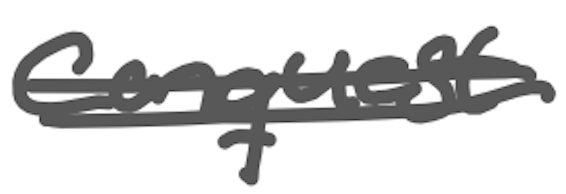
Text: conquest
Cross-out: double-line
Writing tool: digital_gray